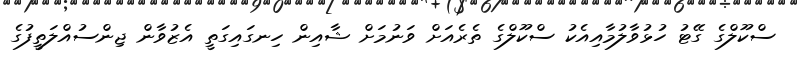
ސްކޫލްގެ ގޭޓު ހުޅުވާލުމާއިއެކު ސްކޫލްގެ ތެރެއަށް ވަނުމަށް ޝާއިން ހިނގައިގަތީ އެޒުވާން ޖިންސުއްލަތީފުގެ